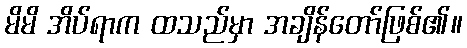
မိမိ အိပ်ရာက ထသည်မှာ အချိန်တော်ဖြစ်၏။